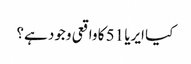
کیا ایریا 51 کا واقعی وجود ہے؟